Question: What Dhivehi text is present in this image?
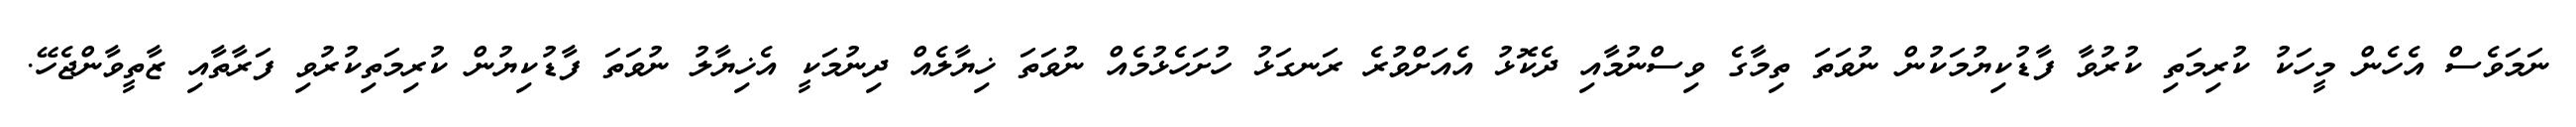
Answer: ނަމަވެސް އެހެން މީހަކު ކުރިމަތި ކުރުވާ ފާޑުކިޔުމަކުން ނުވަތަ ތިމާގެ ވިސްނުމާއި ދެކޮޅު އެއަށްވުރެ ރަނގަޅު ހުށަހެޅުމެއް ނުވަތަ ޚިޔާލެއް ދިނުމަކީ އެޚިޔާލު ނުވަތަ ފާޑުކިޔުން ކުރިމަތިކުރުވި ފަރާތާއި ޒާތީވާންޖެހޭ.